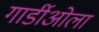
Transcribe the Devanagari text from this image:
गार्डीओला